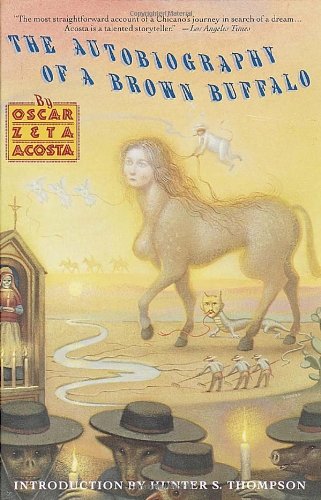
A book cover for Autobiography of a Brown Buffalo; Oscar Zeta Acosta; Law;